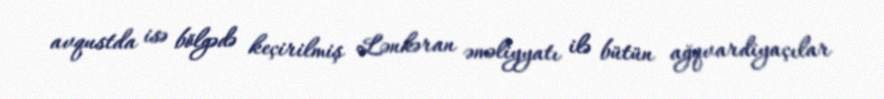
avqustda isə bölgədə keçirilmiş Lənkəran əməliyyatı ilə bütün ağqvardiyaçılar